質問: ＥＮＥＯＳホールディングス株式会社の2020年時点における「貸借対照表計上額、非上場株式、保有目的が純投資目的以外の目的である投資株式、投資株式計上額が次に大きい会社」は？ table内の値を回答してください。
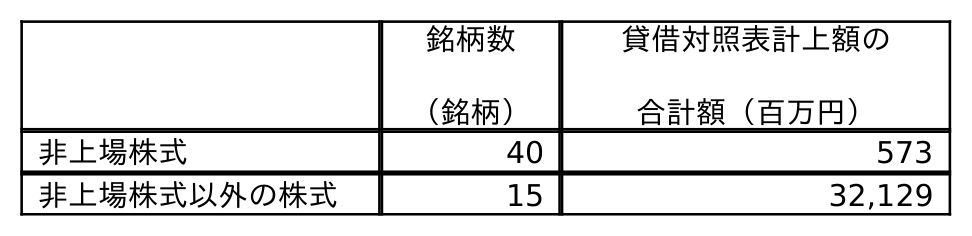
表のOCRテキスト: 銘柄数 （銘柄） 貸借対照表計上額の 合計額（百万円） 非上場株式 40 573 非上場株式以外の株式 15 32,129
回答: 573